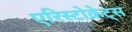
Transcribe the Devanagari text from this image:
एरिस्टोक्रेट्स